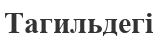
Тагильдегі